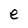
Character: e